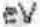
EV